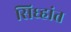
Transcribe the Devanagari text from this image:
सिध्हांत